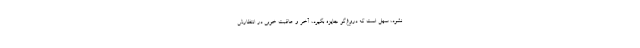
نشود، سهل است که دروغ‌گو جایزه بگیرد، آخر و عاقبت خوبی در انتظارش